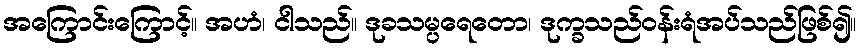
အကြောင်းကြောင့်။ အဟံ၊ ငါသည်။ ဒုခသမ္ပရေတော၊ ဒုက္ခသည်ဝန်းရံအပ်သည်ဖြစ်၍။